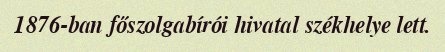
1876-ban főszolgabírói hivatal székhelye lett.